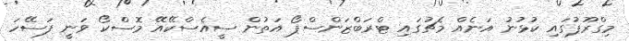
މިގްރޫޕުގައި ކުޅުނު އަނެއް މެޗުގައި ޓްރަބްޒަންސްޕޯ އަތުން ސީއެސްކޭއޭ މޮސްކޯ ވަނީ ފަސޭހަ